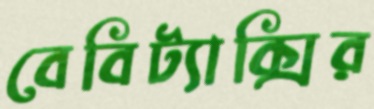
বেবিট্যাক্সির